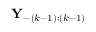
\mathbf { Y } _ { - ( k - 1 ) : ( k - 1 ) }